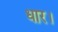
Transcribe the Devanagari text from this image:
धार।